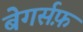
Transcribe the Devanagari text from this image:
बेगर्सफ़